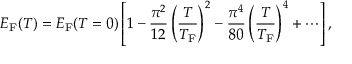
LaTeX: E _ { \mathrm { { F } } } ( T ) = E _ { \mathrm { { F } } } ( T = 0 ) \left[ 1 - { \frac { \pi ^ { 2 } } { 1 2 } } \left( { \frac { T } { T _ { \mathrm { { F } } } } } \right) ^ { 2 } - { \frac { \pi ^ { 4 } } { 8 0 } } \left( { \frac { T } { T _ { \mathrm { { F } } } } } \right) ^ { 4 } + \cdots \right] ,